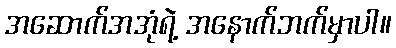
အဆောက်အအုံရဲ့ အနောက်ဘက်မှာပါ။